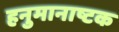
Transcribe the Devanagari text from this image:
हनुमानाष्टक